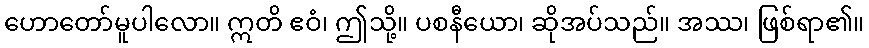
ဟောတော်မူပါလော။ ဣတိ ဧဝံ၊ ဤသို့။ ပစနီယော၊ ဆိုအပ်သည်။ အဿ၊ ဖြစ်ရာ၏။